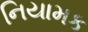
નિયામક